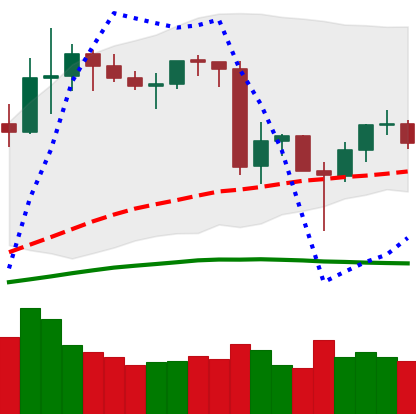
Ticker: LINK-USD
Chart end date: 2020-06-19
Forward return: 15.663%
Label: up_7plus